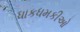
ધાકધમકીઓ